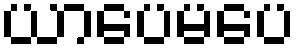
ယာပေမပေ